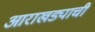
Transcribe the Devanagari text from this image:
आराखड्याची